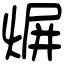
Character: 𤋊